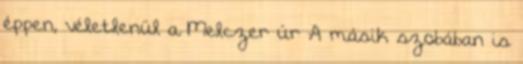
éppen, véletlenül a Melczer úr A másik szobában is